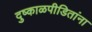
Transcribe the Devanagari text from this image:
दुष्काळपीडितांना